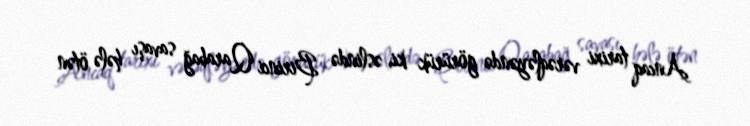
Ancaq tarixi vərəqləyəndə görürük ki, əslində Birinci Qarabağ savaşı hələ ötən